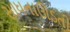
સાધનાઊડતી